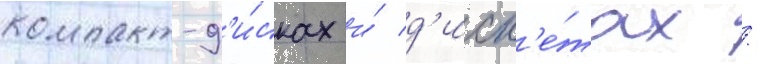
компакт-д'и́сках и́ д'иск'е́тах /